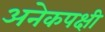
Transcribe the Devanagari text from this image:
अनेकपक्षी